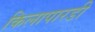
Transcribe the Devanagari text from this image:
किलापारडी